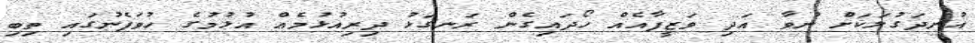
އުނދަގުލަކަށް ނުވާ އަދި ވަޒީފާއެއް ހޯދައިގެން ރަނގަޅު ދިރިއުޅުމެއް އުޅުމުގެ ހުވަފެނުގައި ތިބި